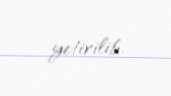
yetirilib.